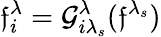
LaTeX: \mathfrak{f}_{i}^{\lambda}=\mathcal{{G}}_{i\lambda_{s}}^{\lambda}(\mathfrak{f}^{\lambda_{s}})